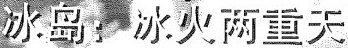
冰岛:冰火两重天